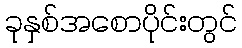
ခုနှစ်အစောပိုင်းတွင်